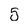
Character: 5